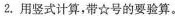
2.用竖式计算，带☆号的要验算。